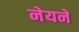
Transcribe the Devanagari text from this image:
नेयने